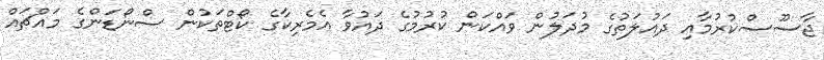
ޖާސޫސްކުރުމާއި ދައުލަތުގެ މުދަލުން ވައްކަން ކުރުމުގެ ދައުވާ އެމެރިކާގެ ކޯޓްތަކުން ސްނޯޑަންގެ މައްޗައް